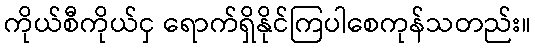
ကိုယ်စီကိုယ်ငှ ရောက်ရှိနိုင်ကြပါစေကုန်သတည်း။